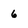
Character: 6